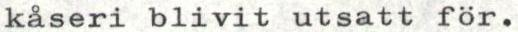
kåseri blivit utsatt för.